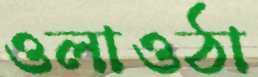
ওলাওঠা